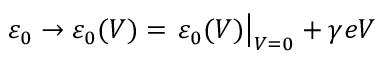
\varepsilon _ { 0 } \to \varepsilon _ { 0 } ( V ) = \left. \varepsilon _ { 0 } ( V ) \right\vert _ { V = 0 } + \gamma e V